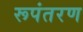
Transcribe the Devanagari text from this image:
रूपंतरण